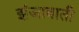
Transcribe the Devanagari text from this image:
झंजावाती